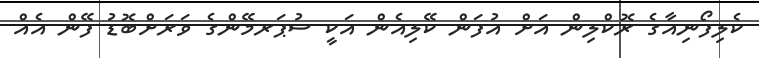
ކެލިފޯނިއާގެ ރޮކްލިން އަށް އުފަން ކޭލިއެން އަކީ ސުޕަރމޭންގެ ވަރަށްބޮޑު ފޭން އެއް